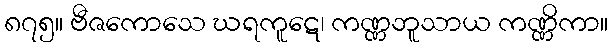
၈၇၅။ ဗီဇကောသေ ဃရကူဋေ၊ ကဏ္ဏဘူသာယ ကဏ္ဏိကာ။